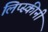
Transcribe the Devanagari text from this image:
लिप्स्कीनी